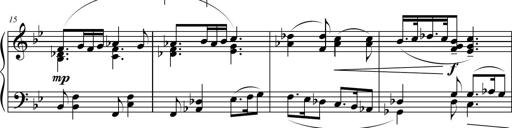
Title: Suite in the Old Style
Composer: Tyler Versluis